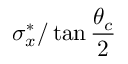
\sigma _ { x } ^ { * } / \tan \frac { \theta _ { c } } { 2 }